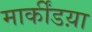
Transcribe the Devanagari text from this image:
मार्कींडय़ा